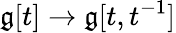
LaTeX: {\mathfrak{g}}[t]\to{\mathfrak{g}}[t,t^{-1}]